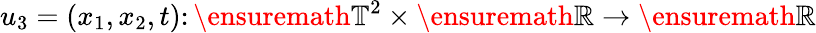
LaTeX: u_{3}=(x_{1},x_{2},t)\colon\ensuremath{\mathbb{T}}^{2}\times\ensuremath{\mathbb{R}}\to\ensuremath{\mathbb{R}}